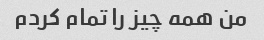
من همه چیز را تمام کردم